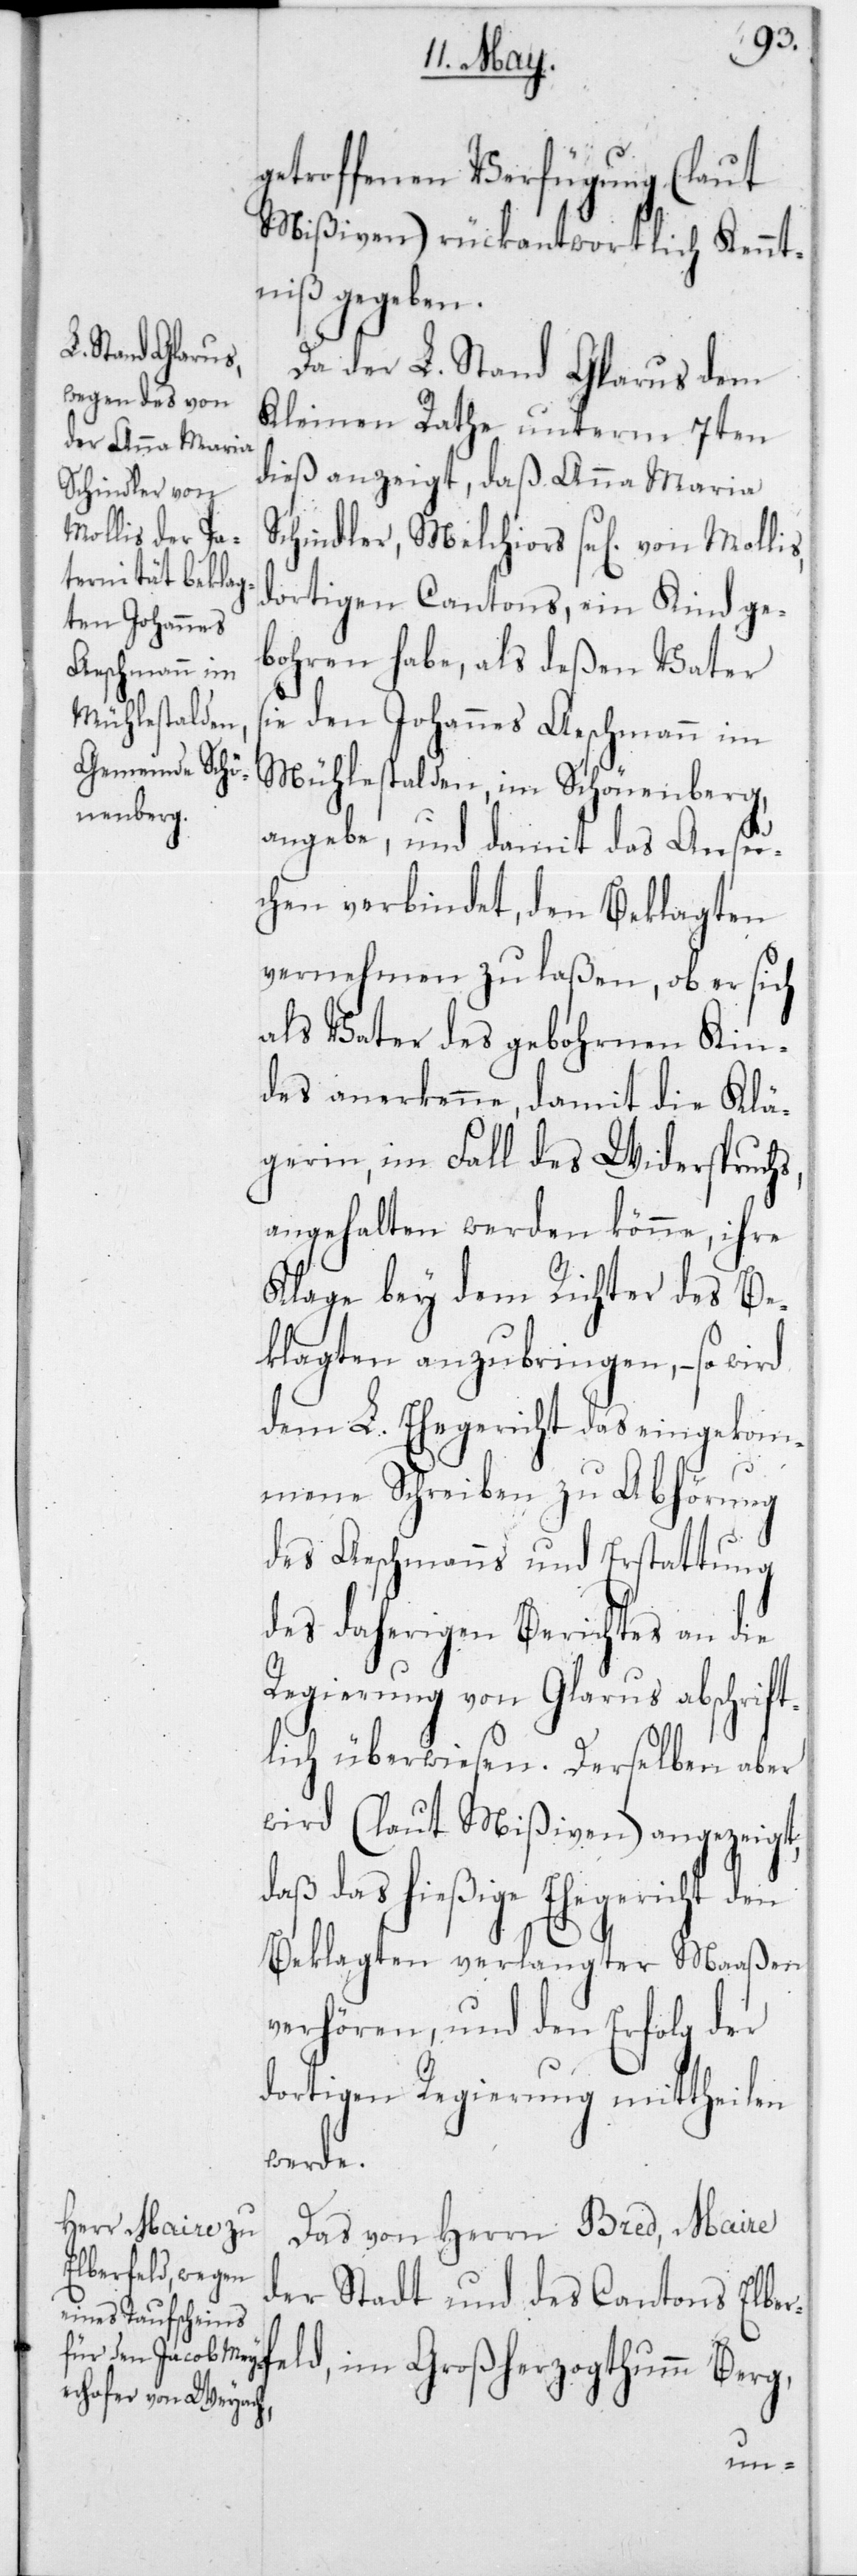
getroffenen Verfügung (laut
Mißiven) rückantwortlich Kennt¬
niß gegeben.
Da der L. Stand Glarus dem
Kleinen Rathe unterm 7ten
dieß anzeigt, daß Anna Maria
Schindler, Melchiors sel. von Mollis,
dortigen Cantons, ein Kind ge¬
bohren habe, als deßen Vater
sie den Johnnes Aeschmann im
Mühlestalden, im Schönenberg,
angebe, und damit das Ansu¬
chen verbindet, den Beklagten
vernehmen zu laßen, ob er sich
als Vater des gebohrnen Kin¬
des anerkenne, damit die Klä¬
gerin, im Fall des Widerspruchs,
angehalten werden könne, ihre
Klage bey dem Richter des Be¬
klagten anzubringen, – so wird
dem L. Ehegericht das eingekom¬
mene Schreiben zu Abhörung
des Aeschmanns und Erstattung
des daherigen Berichtes an die
Regierung von Glarus abschrift¬
lich überwiesen. Derselben aber
wird (laut Mißiven) angezeigt,
daß das hießige Ehegericht den
Beklagten verlangter Maaßen
verhören, und den Erfolg der
dortigen Regierung mittheilen
werde.
Das von Herrn Bred, Maire
der Stadt und des Cantons Elbe¬
rfeld, im Großherzogthumm Berg,